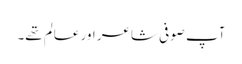
آپ صوفی شاعر اور عالم تھے۔